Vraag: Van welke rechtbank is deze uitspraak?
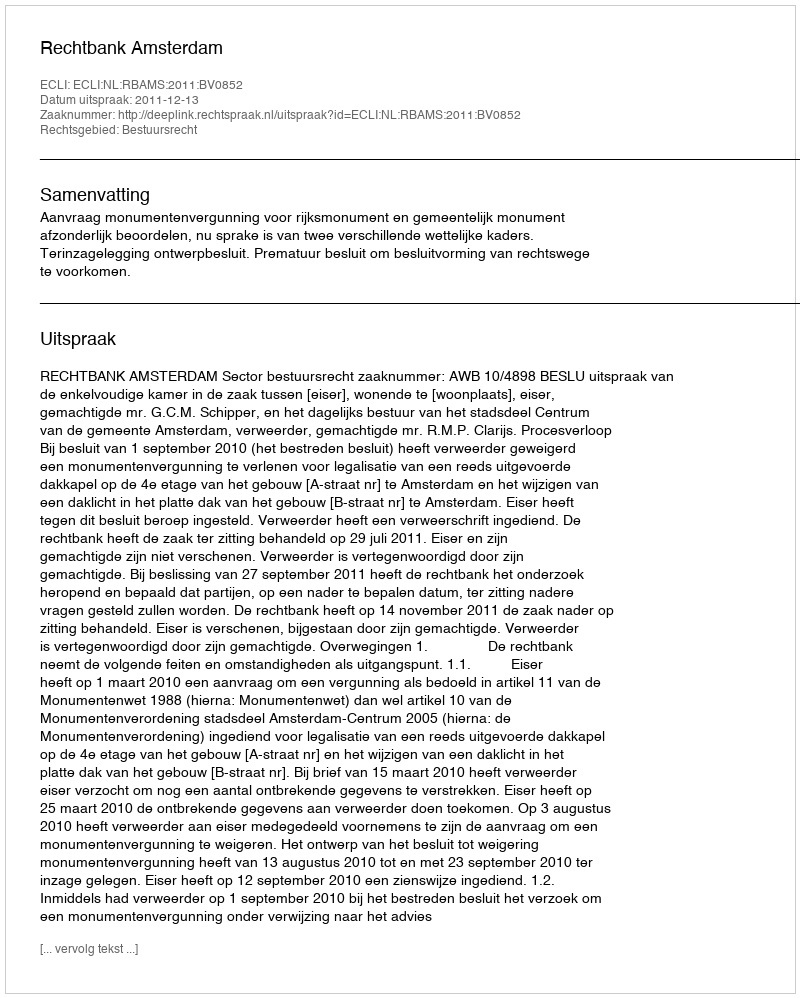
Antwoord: Rechtbank Amsterdam